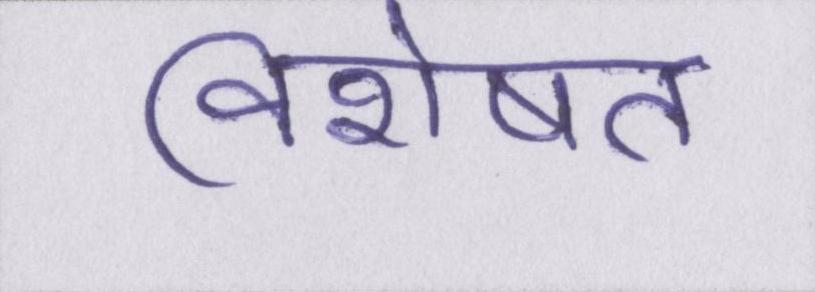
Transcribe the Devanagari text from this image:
विशेषत